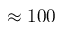
\approx 1 0 0